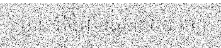
ចម្ងាយពីចិញ្ចឹមផ្លូវ ៣០០ ម៉ែត្រ